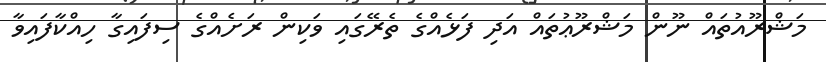
މަޝްރޫއުތައް ނޫން މަޝްރޫޢުތައް އަދި ފަޅެއްގެ ތެރޭގައި ވަކިން ރަށެއްގެ ސިފައިގާ ހިއްކާފައިވާ